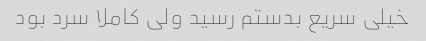
خیلی سریع بدستم رسید ولی کاملا سرد بود